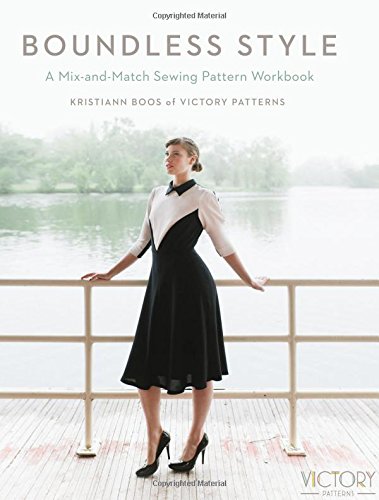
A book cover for Boundless Style: A Mix-and-Match Sewing Pattern Workbook; Kristiann Boos; Crafts, Hobbies & Home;